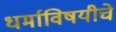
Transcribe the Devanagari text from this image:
धर्माविषयीचे